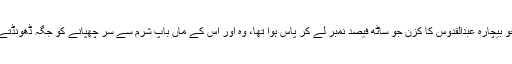
اب جو بیچارہ عبدالقدوس کا کزن جو ساٹھ فیصد نمبر لے کر پاس ہوا تھا، وہ اور اس کے ماں باپ شرم سے سر چھپانے کو جگہ ڈھونڈتے ہیں۔